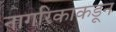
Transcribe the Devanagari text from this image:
नागरिकाकडून